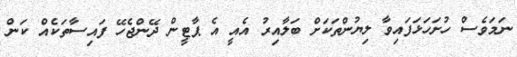
ނަމަވެސް ހުށަހަޅަފައިވާ ލިޔުންތަކަށް ބަލާއިރު އެއީ އެ ޕާޓީން ދޭންޖެހޭ ފައިސާތަކެއް ކަން